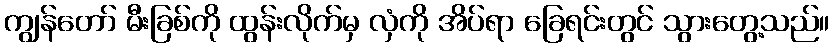
ကျွန်တော် မီးခြစ်ကို ထွန်းလိုက်မှ လှံကို အိပ်ရာ ခြေရင်းတွင် သွားတွေ့သည်။